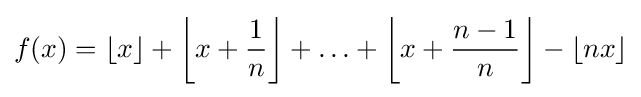
f(x)=\lfloor x\rfloor +\left\lfloor x+{\frac {1}{n}}\right\rfloor +\ldots +\left\lfloor x+{\frac {n-1}{n}}\right\rfloor -\lfloor nx\rfloor